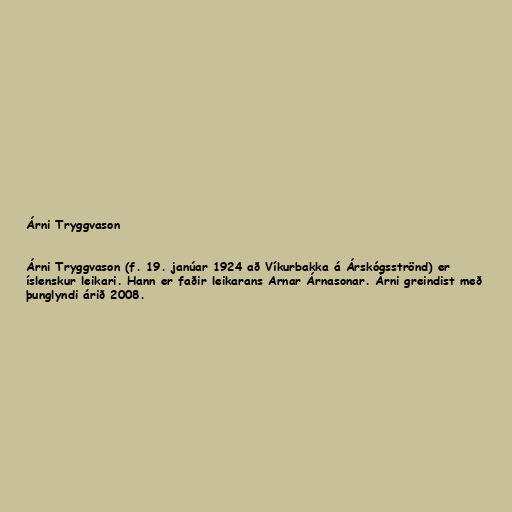
Árni Tryggvason

Árni Tryggvason (f. 19. janúar 1924 að Víkurbakka á Árskógsströnd) er
íslenskur leikari. Hann er faðir leikarans Arnar Árnasonar. Árni greindist með
þunglyndi árið 2008.